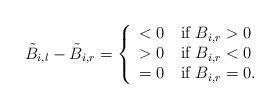
LaTeX: \begin{align*}\begin{aligned}\tilde{B}_{i,l}-\tilde{B}_{i,r} =\left\{ \begin{array}{ll} <0\quad\mbox{if} ~B_{i,r}>0\\ >0\quad\mbox{if} ~B_{i,r}<0\\ =0\quad\mbox{if} ~B_{i,r}=0. \end{array} \right.\end{aligned}\end{align*}